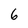
Character: 6